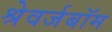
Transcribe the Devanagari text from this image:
श्रेवर्जबॉम